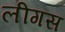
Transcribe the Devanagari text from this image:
लीगस